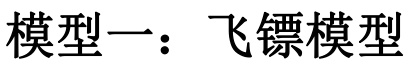
模型一：飞镖模型